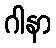
ဂါနာ